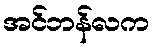
အင်ဘန်လက